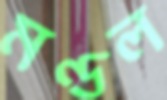
মণ্ডল